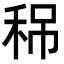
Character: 𥞡